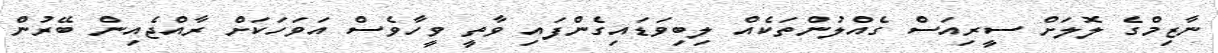
ނާޒިމްގެ ލޮލަށް ސީރިއަސް ގެއްލުންތަކެއް ލިބިވަޑައިގެންފައި ވާތީ ވީހާވެސް އަވަހަކަށް ރާއްޖެއިން ބޭރުން